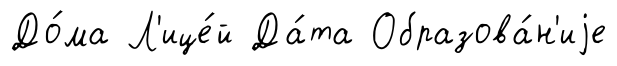
До́ма Л'ице́й Да́та Образова́н'иjе